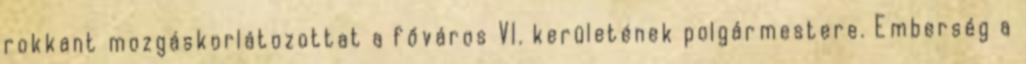
rokkant mozgáskorlátozottat a főváros VI. kerületének polgármestere. Emberség a